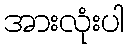
အားလုံးပါ